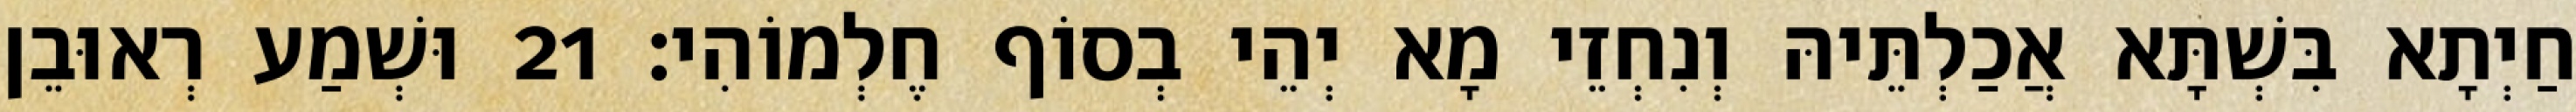
חַיְתָא בִּשְׁתָּא אֲכַלְתֵּיהּ וְנִחְזֵי מָא יְהֵי בְסוֹף חֶלְמוֹהִי׃ 21 וּשְׁמַע רְאוּבֵן